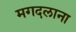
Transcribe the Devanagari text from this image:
मगदलाना